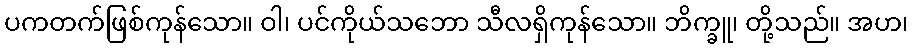
ပကတက်ဖြစ်ကုန်သော။ ဝါ၊ ပင်ကိုယ်သဘော သီလရှိကုန်သော။ ဘိက္ခူ၊ တို့သည်။ အဟ၊